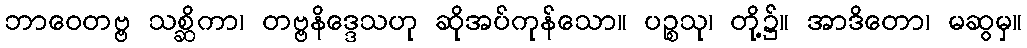
ဘာဝေတဗ္ဗ သစ္ဆိကာ၊ တဗ္ဗနိဒ္ဒေသဟု ဆိုအပ်ကုန်သော။ ပဉ္စသု၊ တို့၌။ အာဒိတော၊ မဆွမှ။